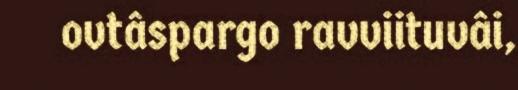
ovtâspargo ravviituvâi,